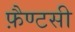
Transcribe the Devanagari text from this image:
फ़ैण्टसी